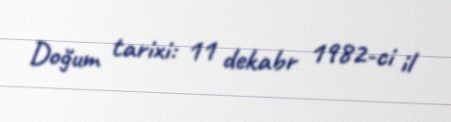
Doğum tarixi: 11 dekabr 1982-ci il